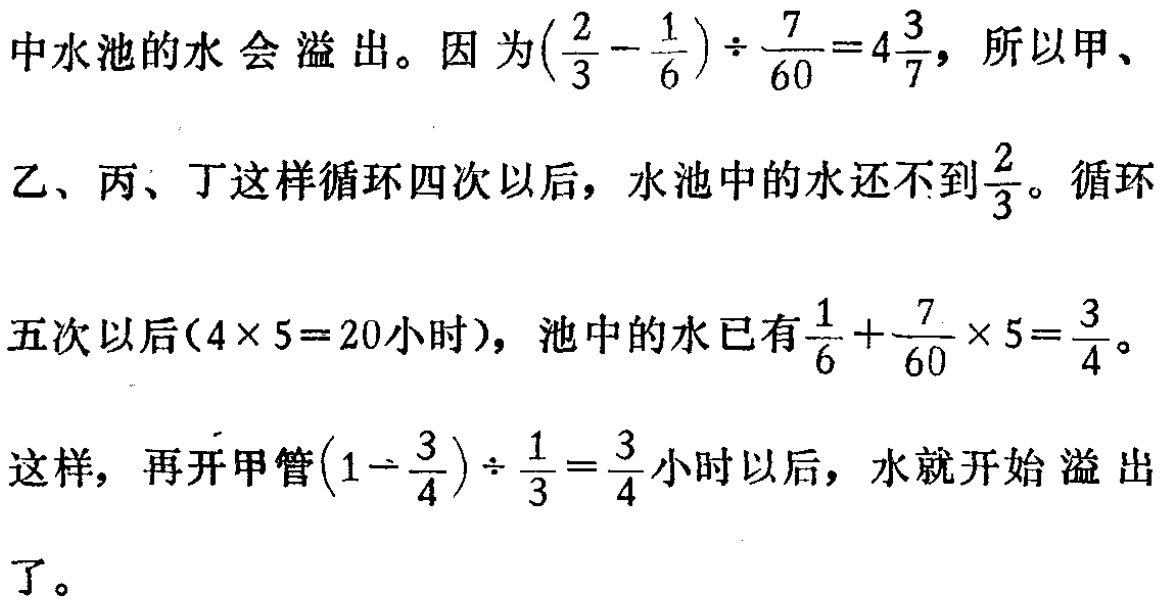
中水池的水会溢出。因为\((\frac{2}{3}-\frac{1}{6})\div\frac{7}{60}=4\frac{3}{7}\)，所以甲、
乙、丙、丁这样循环四次以后，水池中的水还不到\(\frac{2}{3}\)。循环
五次以后\((4\times5 = 20小时)\)，池中的水已有\(\frac{1}{6}+\frac{7}{60}\times5=\frac{3}{4}\)。
这样，再开甲管\((1 - \frac{3}{4})\div\frac{1}{3}=\frac{3}{4}\)小时以后，水就开始溢出
了。